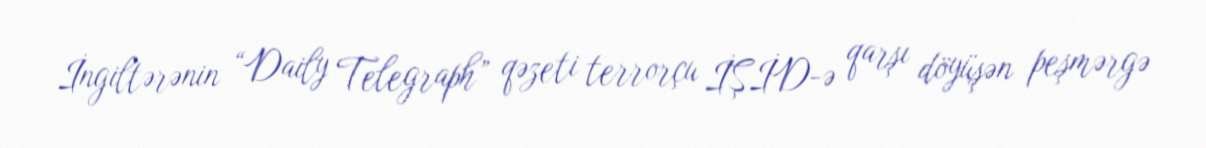
İngiltərənin “Daily Telegraph” qəzeti terrorçu İŞİD-ə qarşı döyüşən peşmərgə